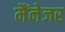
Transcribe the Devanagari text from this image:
मैंनेजर